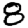
Digit: 8